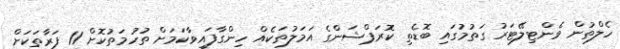
ހެލްތުން ވެންޓިލޭޓަރު ގަތުމުގައި ބޮޑެތި ކޮރަޕްޝަންގެ އަމަލުތަކެއް ހިންގާފައިވާކަމަށް ތުހުމަތުކޮށް 11 ފަރާތަކަށް